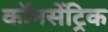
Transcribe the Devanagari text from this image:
कॉनसेंट्रिक